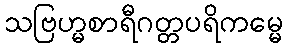
သဗြဟ္မစာရီဂတ္တပရိကမ္မေ